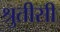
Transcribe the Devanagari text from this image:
श्रुतीसी